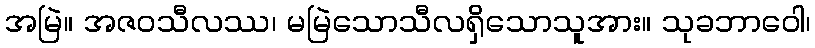
အမြဲ။ အဇဝသီလဿ၊ မမြဲသောသီလရှိသောသူအား။ သုခဘာဝေါ၊